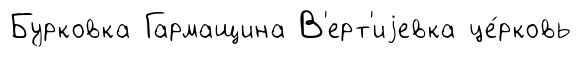
Бурковка Гармащина В'ерт'иjевка це́рковь